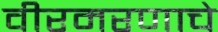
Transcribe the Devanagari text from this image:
वीरमरणाचे